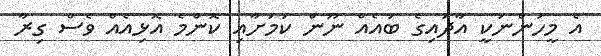
އެ މީހުންނަކީ އާދައިގެ ބައެއް ނޫން ކަމަށާއި ކޮންމެ އޮޅިއެއް ވެސް ގިރާ